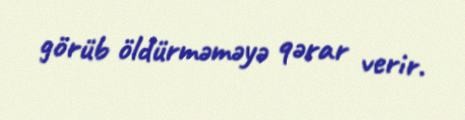
görüb öldürməməyə qərar verir.